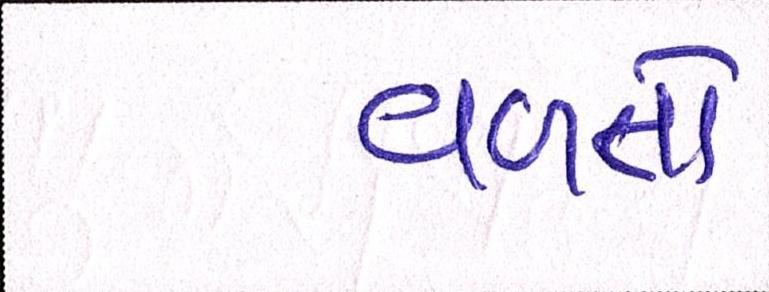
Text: વળતો